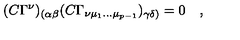
( C \Gamma ^ { \nu } ) _ { ( \alpha \beta } ( C \Gamma _ { \nu \mu _ { 1 } \dots \mu _ { p - 1 } } ) _ { \gamma \delta ) } = 0 \quad ,